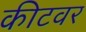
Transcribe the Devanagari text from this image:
कीटवर